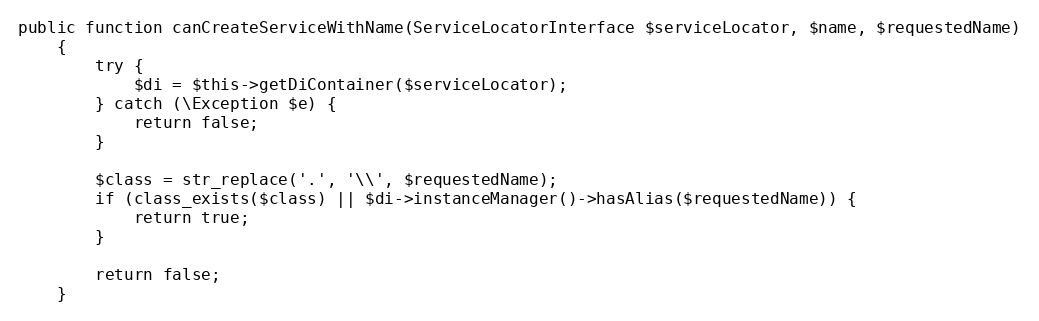
Language: PHP
public function canCreateServiceWithName(ServiceLocatorInterface $serviceLocator, $name, $requestedName)
    {
        try {
            $di = $this->getDiContainer($serviceLocator);
        } catch (\Exception $e) {
            return false;
        }

        $class = str_replace('.', '\\', $requestedName);
        if (class_exists($class) || $di->instanceManager()->hasAlias($requestedName)) {
            return true;
        }

        return false;
    }